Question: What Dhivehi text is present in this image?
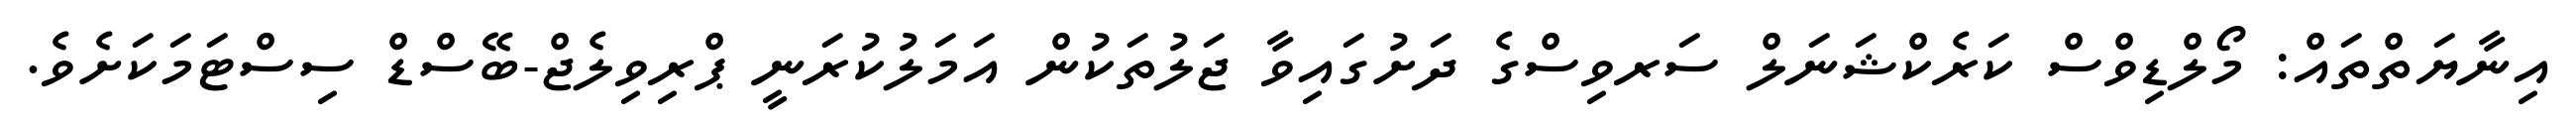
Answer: އިނާޔަތްތައް: މޯލްޑިވްސް ކަރެކްޝަނަލް ސަރވިސްގެ ދަށުގައިވާ ޖަލުތަކުން އަމަލުކުރަނީ ޕްރިވިލެޖް-ބޭސްޑް ސިސްޓަމަކަށެވެ.